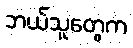
ဘယ်သူတွေက